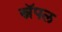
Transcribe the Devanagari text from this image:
स्नॅपल